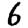
Digit: 6